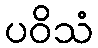
ပဝိသံ